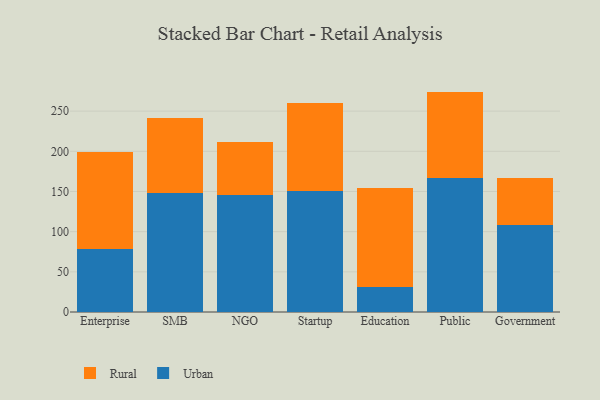
{"axis": {"x": "Segment", "y": "Demand Index"}, "legend": ["Rural", "Urban"], "data": [{"x": "Enterprise", "y": 78.8, "type": "Urban"}, {"x": "Enterprise", "y": 120.5, "type": "Rural"}, {"x": "SMB", "y": 148.4, "type": "Urban"}, {"x": "SMB", "y": 93.3, "type": "Rural"}, {"x": "NGO", "y": 146.0, "type": "Urban"}, {"x": "NGO", "y": 65.1, "type": "Rural"}, {"x": "Startup", "y": 150.8, "type": "Urban"}, {"x": "Startup", "y": 109.1, "type": "Rural"}, {"x": "Education", "y": 30.7, "type": "Urban"}, {"x": "Education", "y": 123.7, "type": "Rural"}, {"x": "Public", "y": 166.9, "type": "Urban"}, {"x": "Public", "y": 107.4, "type": "Rural"}, {"x": "Government", "y": 107.9, "type": "Urban"}, {"x": "Government", "y": 58.9, "type": "Rural"}]}